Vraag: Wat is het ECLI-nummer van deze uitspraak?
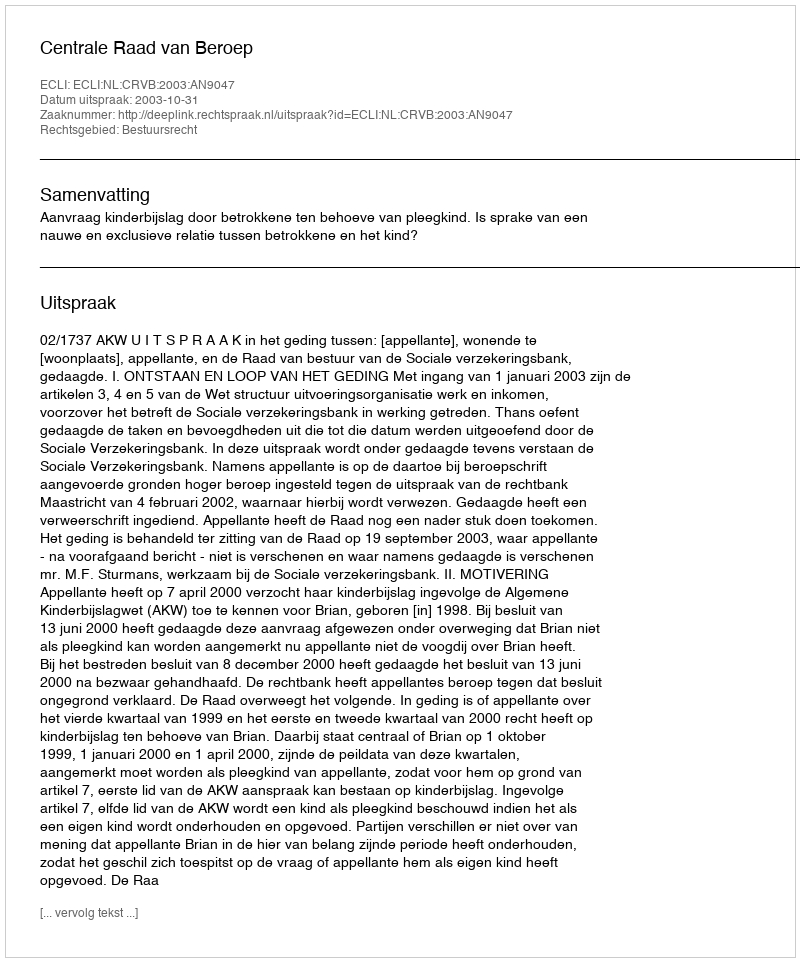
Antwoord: ECLI:NL:CRVB:2003:AN9047